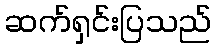
ဆက်ရှင်းပြသည်